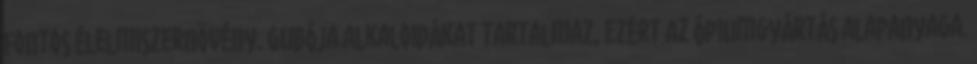
fontos élelmiszernövény. Gubója alkaloidákat tartalmaz, ezért az ópiumgyártás alapanyaga.